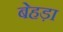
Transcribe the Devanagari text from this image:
बेहड़ा